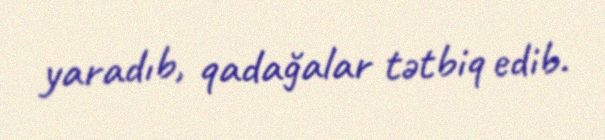
yaradıb, qadağalar tətbiq edib.